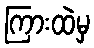
ကြားထဲမှ